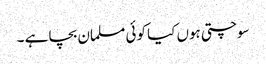
سوچتی ہوں کیا کوئی مسلمان بچا ہے ۔